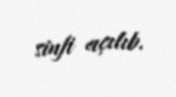
sinfi açılıb.